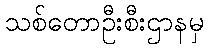
သစ်တောဦးစီးဌာနမှ